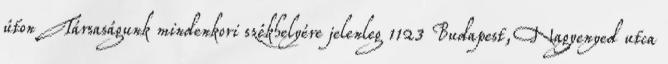
úton Társaságunk mindenkori székhelyére jelenleg 1123 Budapest, Nagyenyed utca